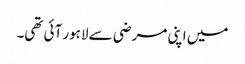
میں اپنی مرضی سے لاہور آئی تھی۔